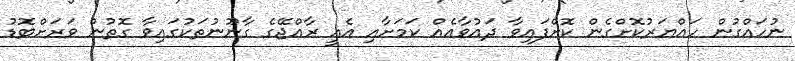
ނުހައްގުން ހައްޔަރުކޮށްގެން ކޮށްފައިވާ ދައުވާއެއް ކަމަށާއި އެއީ ރާއްޖޭގެ ގާނޫނުތަކުގައިވާ ގޮތުން ވަރަށްބޮޑު